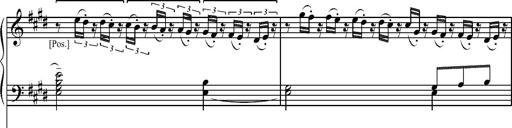
Title: Pilgerchor aus TannhÃ¤user
Composer: Franz Liszt